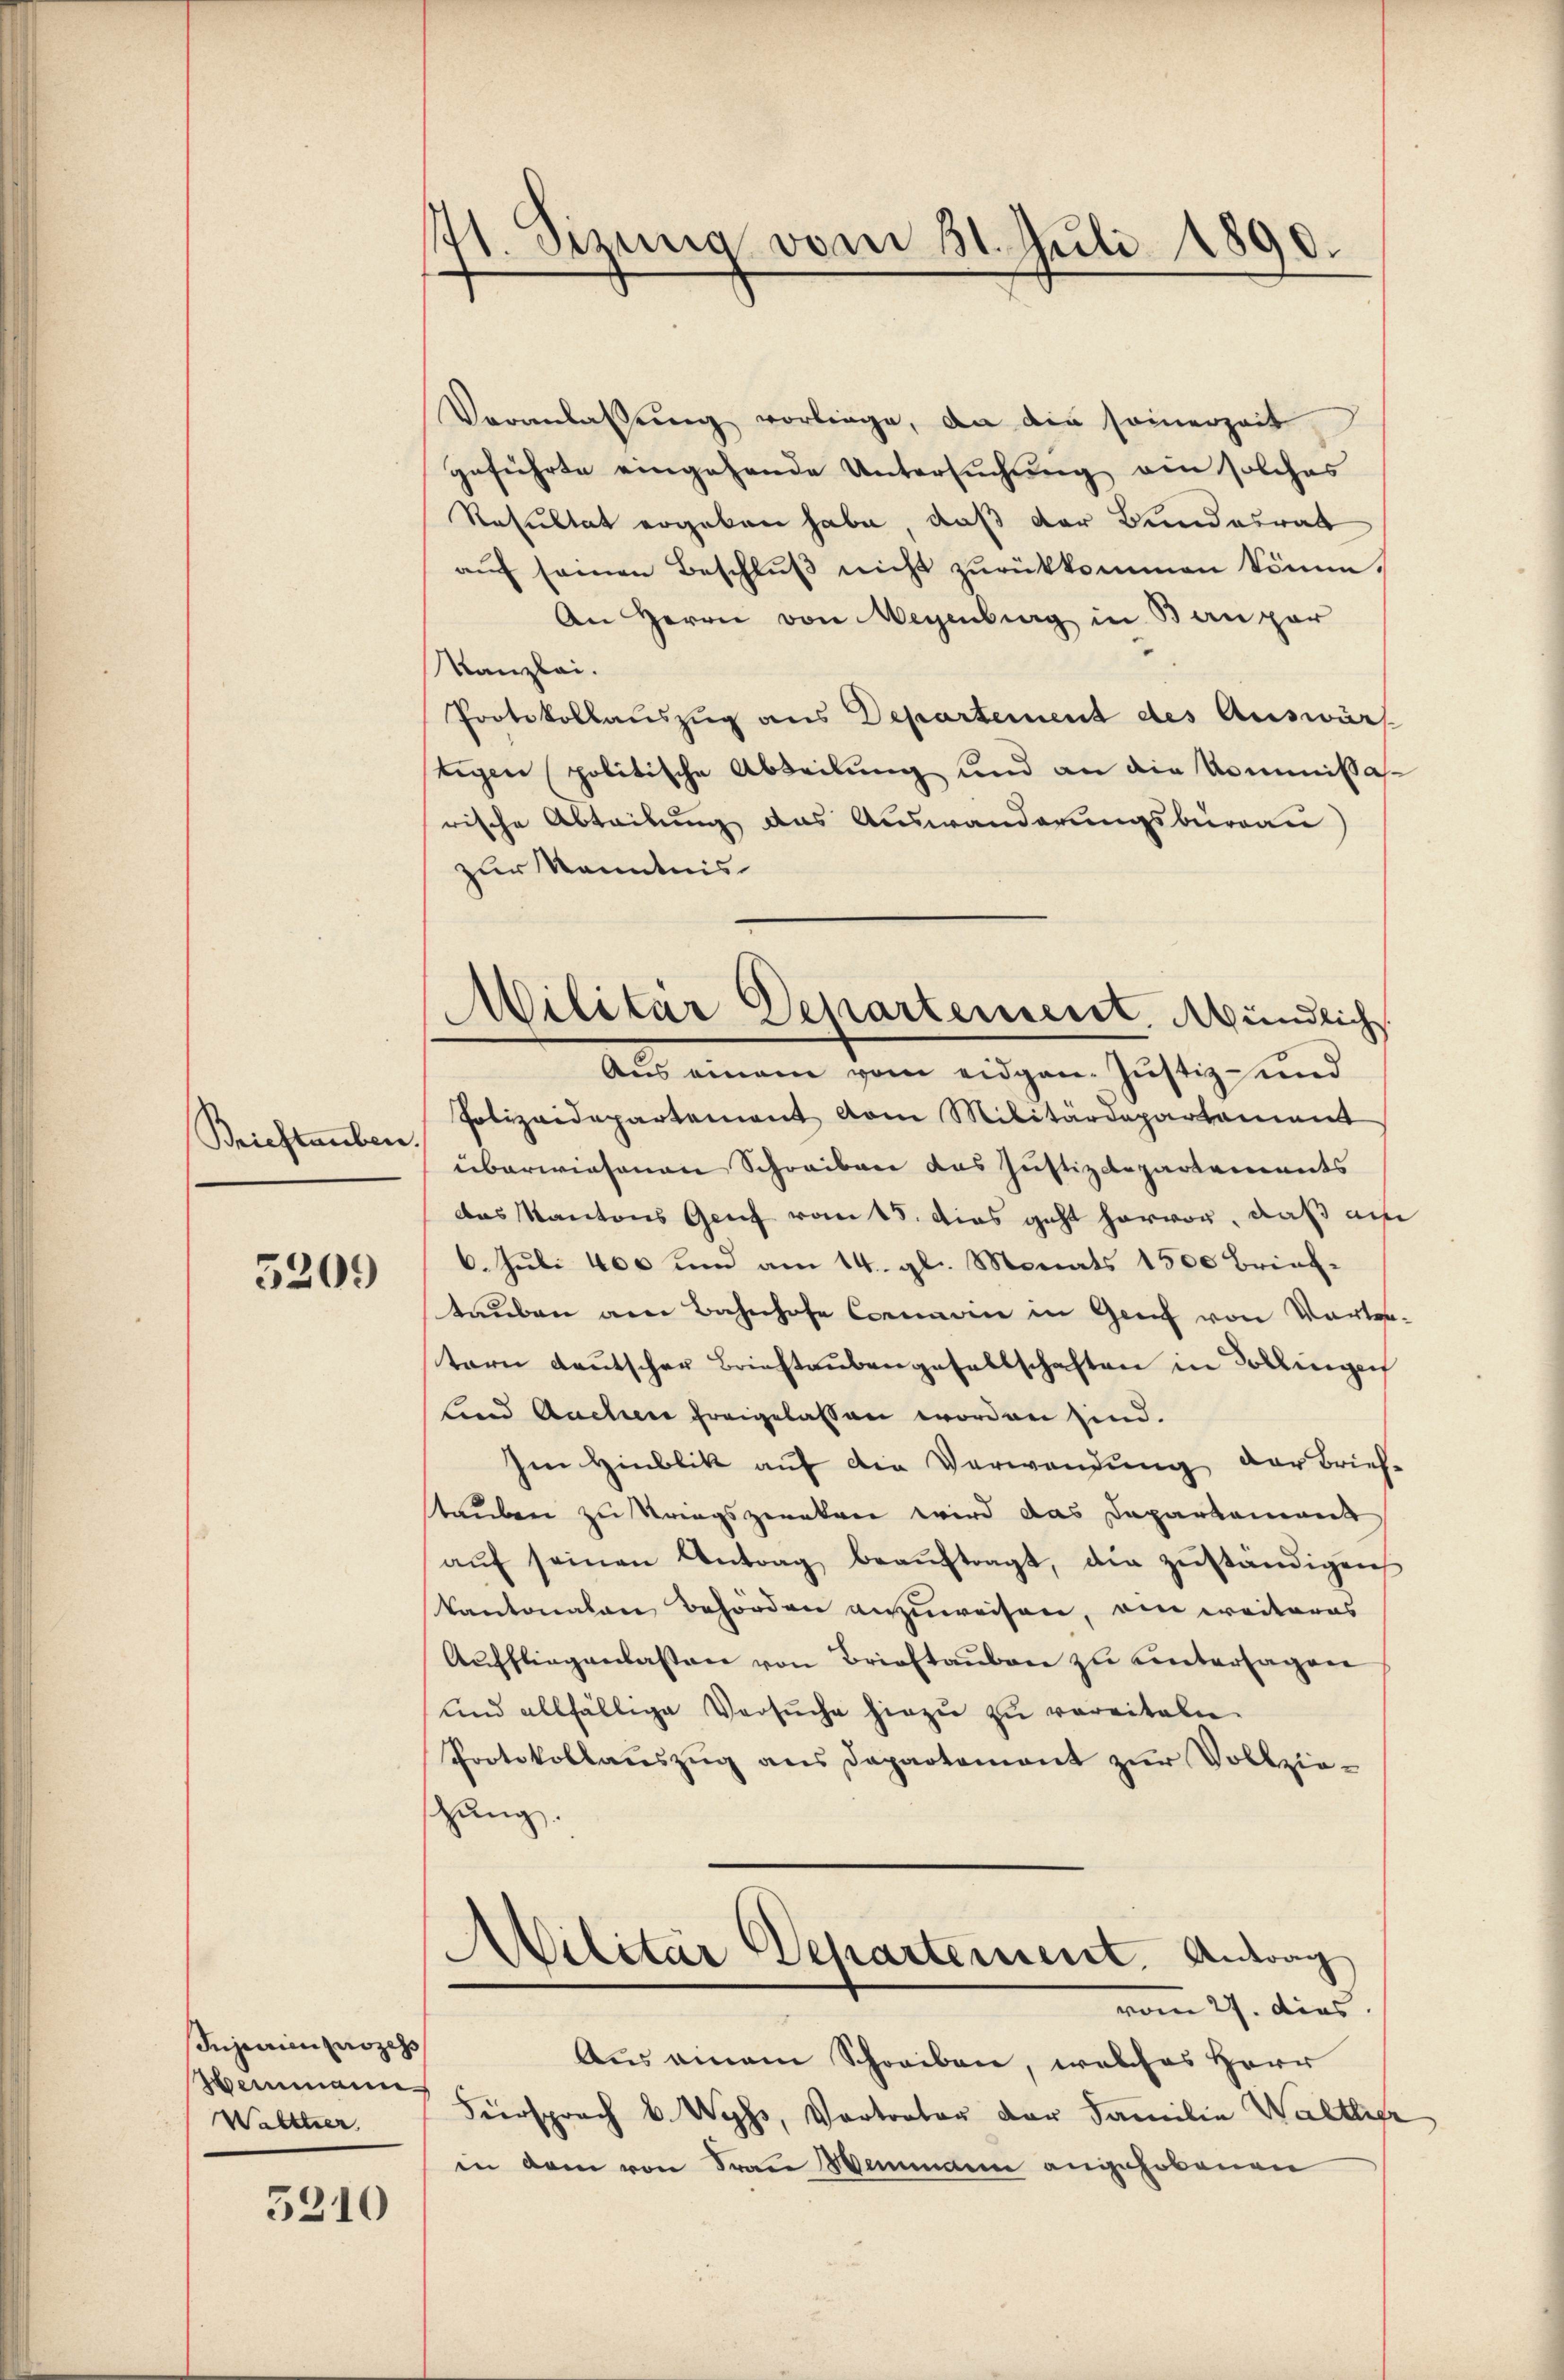
Briestauben.

5209

Injurienprozess
Heimann
Walttier

5210

171. Sizung vom 31. Juli 1890.

Militär Departement. Mündlich
Aus einem vom eidgen. Justiz- und
Polizeidepartement vom Militärdepartement

Veranlassŭng vorliege, an die seinerzeit
geführte eingehende Untersuchung ein solches
Resultat ergeben habe, daß der Bundesrat
aŭf seinen Beschlŭβ nicht zŭrükkommen könne.
An Herrn von Wegenburg in Baupar
Kanzlei.
Protokollauszug aus Departement des Auswärt
tigen politische Abteilung und an die Kommissasrische Abteilung das Auswanderungsburgau)
zur Kenntnis
überwiesenen Schreiben das Justizdepartements
das Kantons Genf vom 18. Das geht hervor, daß au
6. Juli 400 und am 14. gl. Monats 1500 Brieftaŭben am Bahnhofe Commann in Genf von Vortratern deutscher Briestaubengesellschaften in Sollingen
lind Aachen freigelassen worden sind.
Im Hinblik auf die Verwendung der Brief-
stauben zu Kriegsgeratree wird das Departement
aŭf seinen Antrag beaŭftragt, die zŭständigen
Kantonalen Behörden anzuweisen, ein weiteres
Aŭffliegenlasten von Brieftaŭben zu untersagen
und allfällige Versŭche hiezu zu vereiteln.
Protokollauszug aus Departement zur Vollzietzung.

)
Militär Departement. Antrag
vom 27. dies

Aus einem Schreiben, welches Herr
Fürsprach v. Wyss, Vortrator der Familie Waltligr
in dem von Frau Wimmen angehobenen